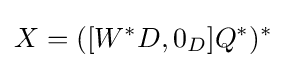
X=([W^{*}D,0_{D}]Q^{*})^{*}